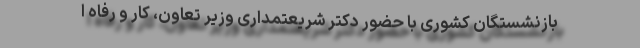
بازنشستگان کشوری با حضور دکتر شریعتمداری وزیر تعاون، کار و رفاه ا